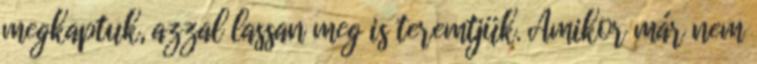
megkaptuk, azzal lassan meg is teremtjük. Amikor már nem